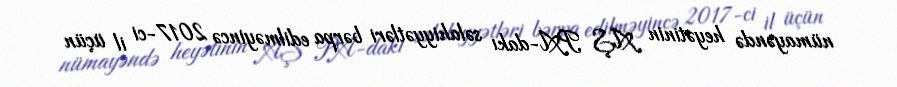
nümayəndə heyətinin AŞ PA-dakı səlahiyyətləri bərpa edilməyincə 2017-ci il üçün